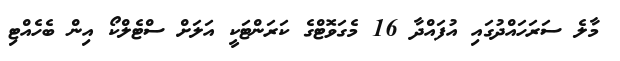
މާލެ ސަރަހައްދުގައި އުފައްދާ 16 މެގަވޮޓްގެ ކަރަންޓަކީ އަލަށް ސްޓެލްކޯ އިން ބެހެއްޓި